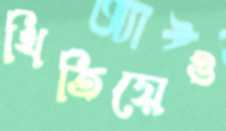
থিতিয়েও